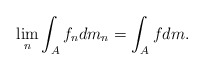
\begin{align*} \lim_n \int_{A} f_ndm_n = \int_{A} fdm.\end{align*}